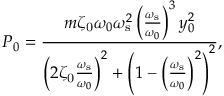
P _ { 0 } = \frac { m \zeta _ { \mathrm { 0 } } \omega _ { 0 } \omega _ { \mathrm { s } } ^ { 2 } \left( \frac { \omega _ { \mathrm { s } } } { \omega _ { 0 } } \right) ^ { 3 } y _ { 0 } ^ { 2 } } { \left( 2 \zeta _ { \mathrm { 0 } } \frac { \omega _ { \mathrm { s } } } { \omega _ { 0 } } \right) ^ { 2 } + \left( 1 - \left( \frac { \omega _ { \mathrm { s } } } { \omega _ { 0 } } \right) ^ { 2 } \right) ^ { 2 } } ,